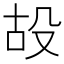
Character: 𣪇